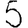
Digit: 5